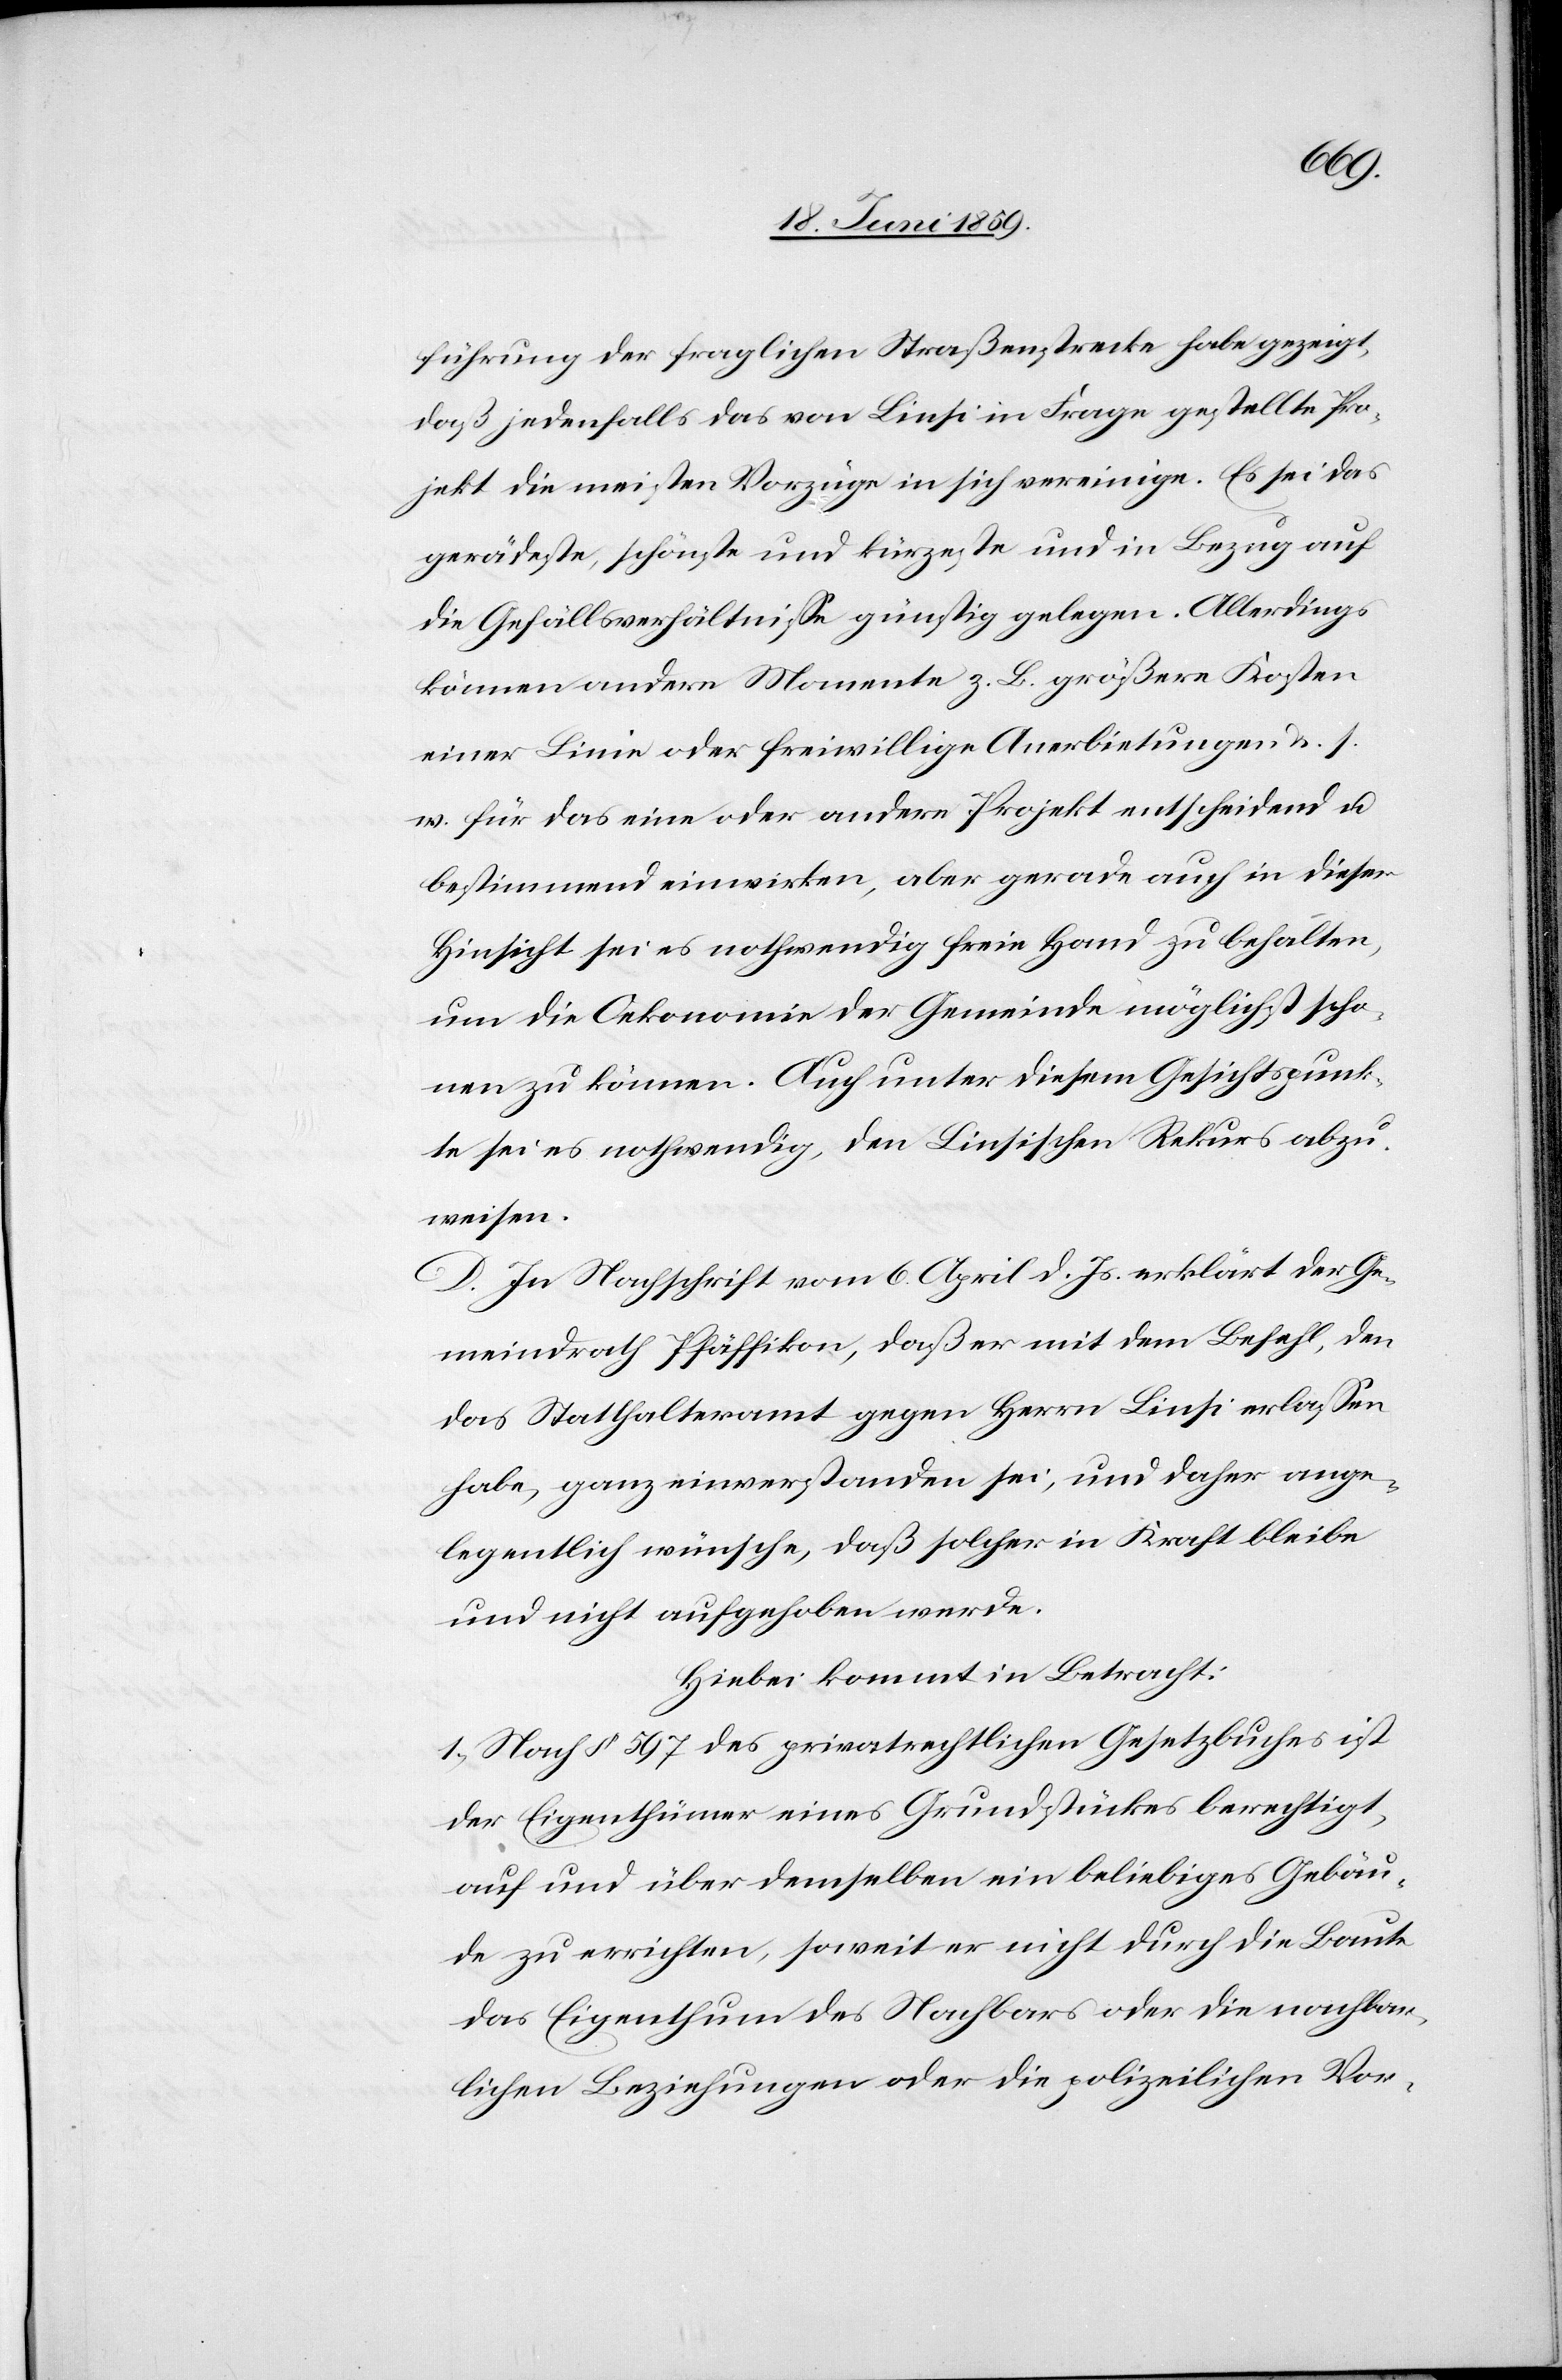
führung der fraglichen Straßenstrecke habe gezeigt,
daß jedenfalls das von Linsi in Frage gestellte Pro¬
jekt die meisten Vorzüge in sich vereinige. Es sei das
gerädeste, schönste und kürzeste und in Bezug auf
die Gefällsverhältnisse günstig gelegen. Allerdings
können andere Momente z. B. größere Kosten
einer Linie oder freiwillige Anerbietungen u. s.
w. für das eine oder andere Projekt entscheidend u.
bestimmend einwirken, aber gerade auch in dieser
Hinsicht sei es nothwendig freie Hand zu behalten,
um die Oekonomie der Gemeinde möglichst scho¬
nen zu können. Auch unter diesem Gesichtspunk¬
te sei es nothwendig, den Linsischen Rekurs abzu¬
weisen.
D. In Nachschrift vom 6. April d. Js. erklärt der Ge¬
meindrath Pfäffikon, daß er mit dem Befehl, den
das Statthalteramt gegen Herrn Linsi erlassen
habe, ganz einverstanden sei, und daher ange¬
legentlich wünsche, daß solcher in Kraft bleibe
und nicht aufgehoben werde.
Hiebei kommt in Betracht:
1) Nach § 597 des privatrechtlichen Gesetzbuches ist
der Eigenthümer eines Grundstückes berechtigt,
auf und über demselben ein beliebiges Gebäu¬
de zu errichten, soweit er nicht durch die Baute
das Eigenthum des Nachbars oder die nachbar¬
lichen Beziehungen oder die polizeilichen Vor-